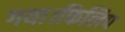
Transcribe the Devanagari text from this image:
गया।फिलिप